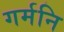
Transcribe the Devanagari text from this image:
गर्मनि